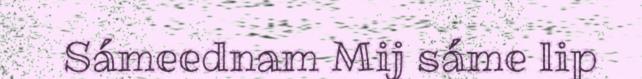
Sámeednam Mij sáme lip